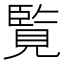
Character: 覧